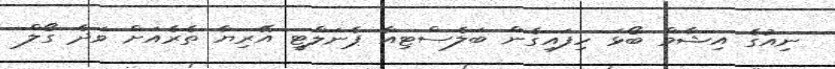
ނިއުގެ އިޝާމް ބޯޅަ ހިފައިގެން ބަލެސްޓިއާ ޕެނަލްޓީ އޭރިޔާ ތެރެއަށް ވަދެ ގޯލް